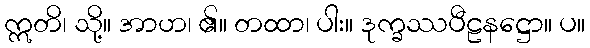
ဣတိ၊ သို့။ အာဟ၊ ၏။ တထာ၊ ပါး။ ဒုက္ခဿပီဠနဋ္ဌော။ ပ။